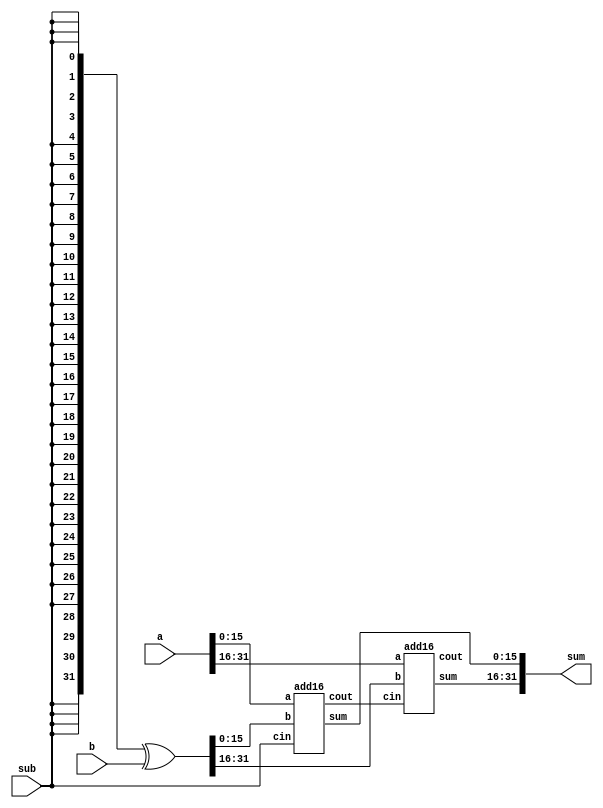
module top_module (
    input [31:0] a,
    input [31:0] b,
    input sub,
    output [31:0] sum
);
wire [31:0] x;
wire c1;
assign x = {32{sub}} ^ b;
add16 a1 ( .a(a[15:0]), .b(x[15:0]), .cin(sub), .sum(sum[15:0]), .cout(c1) );
add16 a2 ( .a(a[31:16]), .b(x[31:16]), .cin(c1), .sum(sum[31:16]), .cout() );
endmodule


module add1 ( 
    input a, input b, 
    input cin,   
    output sum, 
    output cout 
    );
assign sum = a ^ b ^ cin;
assign cout = ((a ^ b) & cin) | (a & b);

// Full adder module here

endmodule


module add16 (
    input [15:0] a,
    input [15:0] b,
    input cin,
    output [15:0] sum,
    output cout
);
wire [14:0] c;
genvar i;
generate
    for (i = 0; i < 16; i = i + 1) begin : adders
        if (i == 0)
            add1 adders(
            .a(a[i]),
            .b(b[i]),
            .cin(cin),
            .sum(sum[i]),
            .cout(c[i])
            );
        else if (i == 15)
            add1 adders(
            .a(a[i]),
            .b(b[i]),
            .cin(c[i-1]),
            .sum(sum[i]),
            .cout(cout)
            );
        else
            add1 adders(
            .a(a[i]),
            .b(b[i]),
            .cin(c[i-1]),
            .sum(sum[i]),
            .cout(c[i])
            );
    end
endgenerate
endmodule